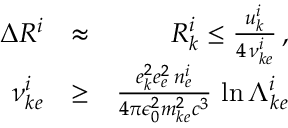
\begin{array} { r l r } { \Delta R ^ { i } } & { \approx } & { { \cal R } _ { k } ^ { i } \le \frac { u _ { k } ^ { i } } { 4 \, \nu _ { k e } ^ { i } } \, , } \\ { \nu _ { k e } ^ { i } } & { \ge } & { \frac { e _ { k } ^ { 2 } e _ { e } ^ { 2 } \, n _ { e } ^ { i } } { 4 \pi \epsilon _ { 0 } ^ { 2 } m _ { k e } ^ { 2 } c ^ { 3 } } \, \ln \Lambda _ { k e } ^ { i } } \end{array}